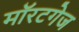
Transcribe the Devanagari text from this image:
मॉरटगेज